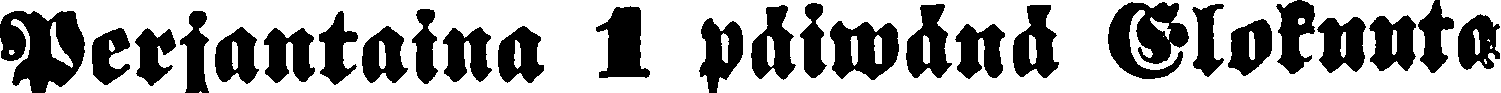
Perjantaina 1 päiwänä Elokuuta